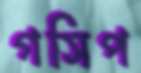
গসিপ